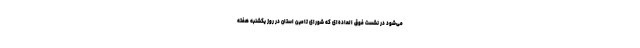
می‌شود در نشست فوق العاده‌ای که شورای تامین استان در روز یکشنبه هفته